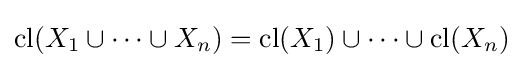
\operatorname {cl} (X_{1}\cup \dots \cup X_{n})=\operatorname {cl} (X_{1})\cup \dots \cup \operatorname {cl} (X_{n})